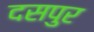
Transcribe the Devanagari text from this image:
दसपुर